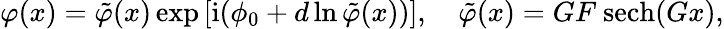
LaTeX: \varphi(x)=\tilde{\varphi}(x)\exp\left[\mathrm{i}(\phi_{0}+d\ln\tilde{\varphi}(x))\right],\quad\tilde{\varphi}(x)=GF\ \mathrm{sech}(Gx),